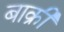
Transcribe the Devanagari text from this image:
बाक्री